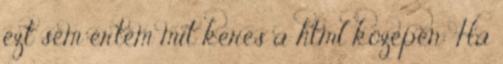
ezt sem értem mit keres a html közepén: Ha